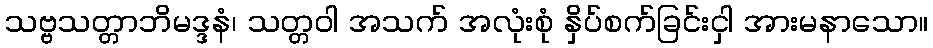
သဗ္ဗသတ္တာဘိမဒ္ဒနံ၊ သတ္တဝါ အသက် အလုံးစုံ နှိပ်စက်ခြင်းငှါ အားမနာသော။